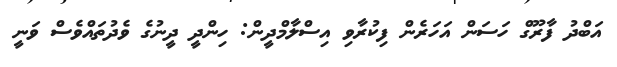
އަބްދު ފާރޫގް ހަސަން އަހަރެން ފިކުރާވި އިސްލާމްދީން: ހިންދީ ދީނުގެ ވެދުތައްވެސް ވަނީ